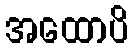
အထောပိ